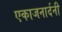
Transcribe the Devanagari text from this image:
एकाजनार्दनी